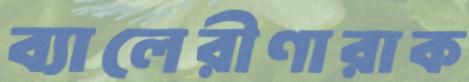
ব্যালেরীণারাক